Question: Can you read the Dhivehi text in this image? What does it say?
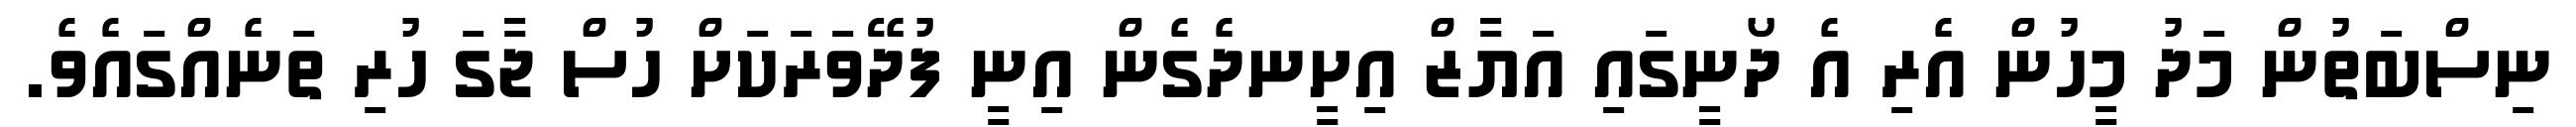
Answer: ނިސްބަތުން މަދު މީހުން އެރި އެ ދޯނީގައި އަޔާޒް އިށީނދެގެން އިނީ ފުދޭވަރަކަށް ހުސް ޖާގަ ހުރި ތަނެއްގައެވެ.